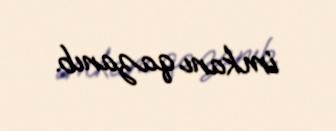
imkanı qazanıb.